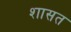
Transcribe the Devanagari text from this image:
शासत